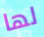
لها